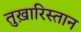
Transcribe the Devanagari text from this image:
तुख़ारिस्तान